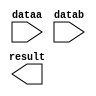
// megafunction wizard: %LPM_MULT%VBB%
// GENERATION: STANDARD
// VERSION: WM1.0
// MODULE: lpm_mult 

// ============================================================
// Megafunction Name(s):
// 			lpm_mult
//
// Simulation Library Files(s):
// 			lpm
// ============================================================
// ************************************************************
// THIS IS A WIZARD-GENERATED FILE. DO NOT EDIT THIS FILE!
//
// 13.1.0 Build 162 10/23/2013 SJ Full Version
// ************************************************************

//Copyright (C) 1991-2013 Altera Corporation
//Your use of Altera Corporation's design tools, logic functions 
//and other software and tools, and its AMPP partner logic 
//functions, and any output files from any of the foregoing 
//(including device programming or simulation files), and any 
//associated documentation or information are expressly subject 
//to the terms and conditions of the Altera Program License 
//Subscription Agreement, Altera MegaCore Function License 
//Agreement, or other applicable license agreement, including, 
//without limitation, that your use is for the sole purpose of 
//programming logic devices manufactured by Altera and sold by 
//Altera or its authorized distributors.  Please refer to the 
//applicable agreement for further details.

module multX0 (
	dataa,
	datab,
	result);

	input	[11:0]  dataa;
	input	[11:0]  datab;
	output	[23:0]  result;

endmodule

// ============================================================
// CNX file retrieval info
// ============================================================
// Retrieval info: PRIVATE: AutoSizeResult NUMERIC "1"
// Retrieval info: PRIVATE: B_isConstant NUMERIC "0"
// Retrieval info: PRIVATE: ConstantB NUMERIC "0"
// Retrieval info: PRIVATE: INTENDED_DEVICE_FAMILY STRING "Cyclone IV E"
// Retrieval info: PRIVATE: LPM_PIPELINE NUMERIC "0"
// Retrieval info: PRIVATE: Latency NUMERIC "0"
// Retrieval info: PRIVATE: SYNTH_WRAPPER_GEN_POSTFIX STRING "0"
// Retrieval info: PRIVATE: SignedMult NUMERIC "1"
// Retrieval info: PRIVATE: USE_MULT NUMERIC "1"
// Retrieval info: PRIVATE: ValidConstant NUMERIC "0"
// Retrieval info: PRIVATE: WidthA NUMERIC "12"
// Retrieval info: PRIVATE: WidthB NUMERIC "12"
// Retrieval info: PRIVATE: WidthP NUMERIC "24"
// Retrieval info: PRIVATE: aclr NUMERIC "0"
// Retrieval info: PRIVATE: clken NUMERIC "0"
// Retrieval info: PRIVATE: new_diagram STRING "1"
// Retrieval info: PRIVATE: optimize NUMERIC "0"
// Retrieval info: LIBRARY: lpm lpm.lpm_components.all
// Retrieval info: CONSTANT: LPM_HINT STRING "MAXIMIZE_SPEED=5"
// Retrieval info: CONSTANT: LPM_REPRESENTATION STRING "SIGNED"
// Retrieval info: CONSTANT: LPM_TYPE STRING "LPM_MULT"
// Retrieval info: CONSTANT: LPM_WIDTHA NUMERIC "12"
// Retrieval info: CONSTANT: LPM_WIDTHB NUMERIC "12"
// Retrieval info: CONSTANT: LPM_WIDTHP NUMERIC "24"
// Retrieval info: USED_PORT: dataa 0 0 12 0 INPUT NODEFVAL "dataa[11..0]"
// Retrieval info: USED_PORT: datab 0 0 12 0 INPUT NODEFVAL "datab[11..0]"
// Retrieval info: USED_PORT: result 0 0 24 0 OUTPUT NODEFVAL "result[23..0]"
// Retrieval info: CONNECT: @dataa 0 0 12 0 dataa 0 0 12 0
// Retrieval info: CONNECT: @datab 0 0 12 0 datab 0 0 12 0
// Retrieval info: CONNECT: result 0 0 24 0 @result 0 0 24 0
// Retrieval info: GEN_FILE: TYPE_NORMAL multX0.v TRUE
// Retrieval info: GEN_FILE: TYPE_NORMAL multX0.inc FALSE
// Retrieval info: GEN_FILE: TYPE_NORMAL multX0.cmp FALSE
// Retrieval info: GEN_FILE: TYPE_NORMAL multX0.bsf FALSE
// Retrieval info: GEN_FILE: TYPE_NORMAL multX0_inst.v FALSE
// Retrieval info: GEN_FILE: TYPE_NORMAL multX0_bb.v TRUE
// Retrieval info: LIB_FILE: lpm